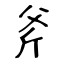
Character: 斧